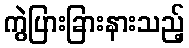
ကွဲပြားခြားနားသည့်